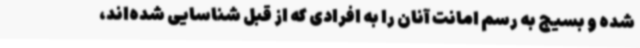
شده و بسیج به رسم امانت آنان را به افرادی که از قبل شناسایی شده‌اند،